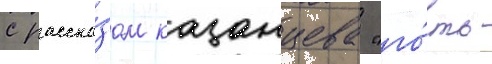
с расска́зом казанцева "го́сть